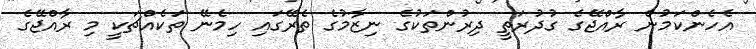
އެހެންކަމުން ރާއްޖޭގެ ގުދުރަތީ ދިރުންތަކުގެ ނިޒާމުގެ ތެރޭގައި ހިމެނޭ ތަކެއްޗަކީ މި ރާއްޖޭގެ